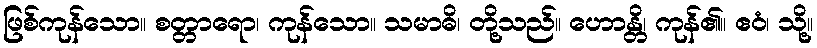
ဖြစ်ကုန်သော။ စတ္တာရော၊ ကုန်သော။ သမာဓိ၊ တို့သည်။ ဟောန္တိ၊ ကုန်၏။ ဧဝံ၊ သို့။